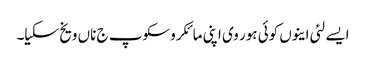
ایسے لئی اینوں کوئی ہور وی اپنی مائکروسکوپ ج ناں ویخ سکیا۔